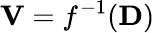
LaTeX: \mathbf{V}=f^{-1}(\mathbf{D})